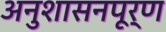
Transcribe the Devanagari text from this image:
अनुशासनपूर्ण